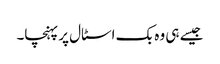
جیسے ہی وہ بک اسٹال پر پہنچا۔